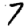
Digit: 7